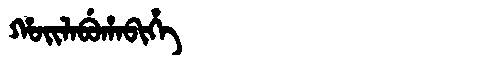
Manchu: ᡥᠣᡳᠯᠠᠪᡠᡥᠠᠪᡳᡥᡝ
Romanization: HOILABUHABIHE